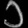
Digit: ၁